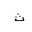
Letter: _tha